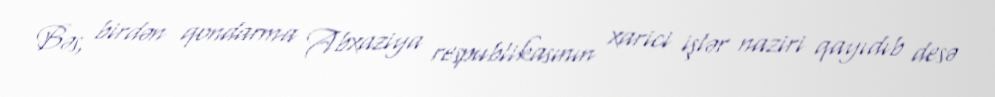
Bəs, birdən qondarma Abxaziya respublikasının xarici işlər naziri qayıdıb desə